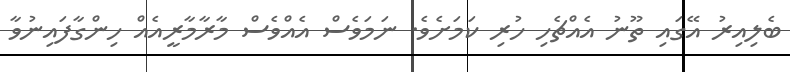
ބެލިއިރު އޭގައި ތޫނު އެއްޗެހި ހުރި ކަމަށެވެ. ނަމަވެސް އެއްވެސް މާރާމާރީއެއް ހިންގާފައިނުވާ